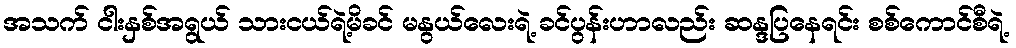
အသက် ငါးနှစ်အရွယ် သားငယ်ရဲ့မိခင် မနွယ်လေးရဲ့ ခင်ပွန်းဟာလည်း ဆန္ဒပြနေရင်း စစ်ကောင်စီရဲ့